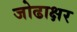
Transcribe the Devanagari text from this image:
जोढाक्षर